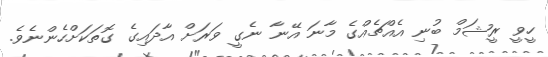
ހީވީ ރީޝަމް ބުނި އެއްޗެއްގެ މާނަ އޭނާ ނެގީ ވަރަށް އާދައިގެ ގޮތަކަށްހެންނެވެ.